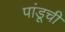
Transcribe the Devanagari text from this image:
पांडूची